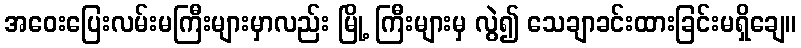
အဝေးပြေးလမ်းမကြီးများမှာလည်း မြို့ ကြီးများမှ လွဲ၍ သေချာခင်းထားခြင်းမရှိချေ။